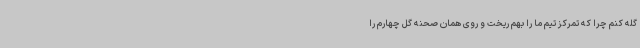
گله کنم چرا که تمرکز تیم ما را بهم ریخت و روی همان صحنه گل چهارم را